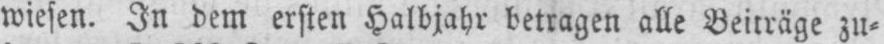
wiesen. In dem ersten Halbjahr betragen alle Beiträge zu⸗